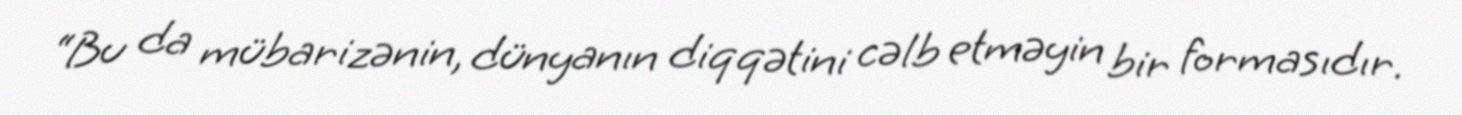
“Bu da mübarizənin, dünyanın diqqətini cəlb etməyin bir formasıdır.